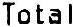
TOTAL